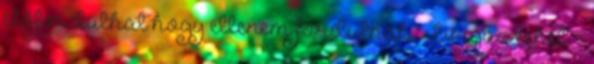
előfordulhat hogy ellenem fordulnak. - Ez igaz lehet. -